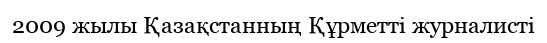
2009 жылы Қазақстанның Құрметті журналисті